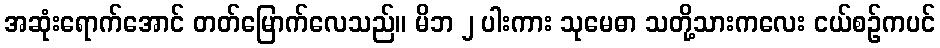
အဆုံးရောက်အောင် တတ်မြောက်လေသည်။ မိဘ ၂ ပါးကား သုမေဓာ သတို့သားကလေး ငယ်စဉ်ကပင်